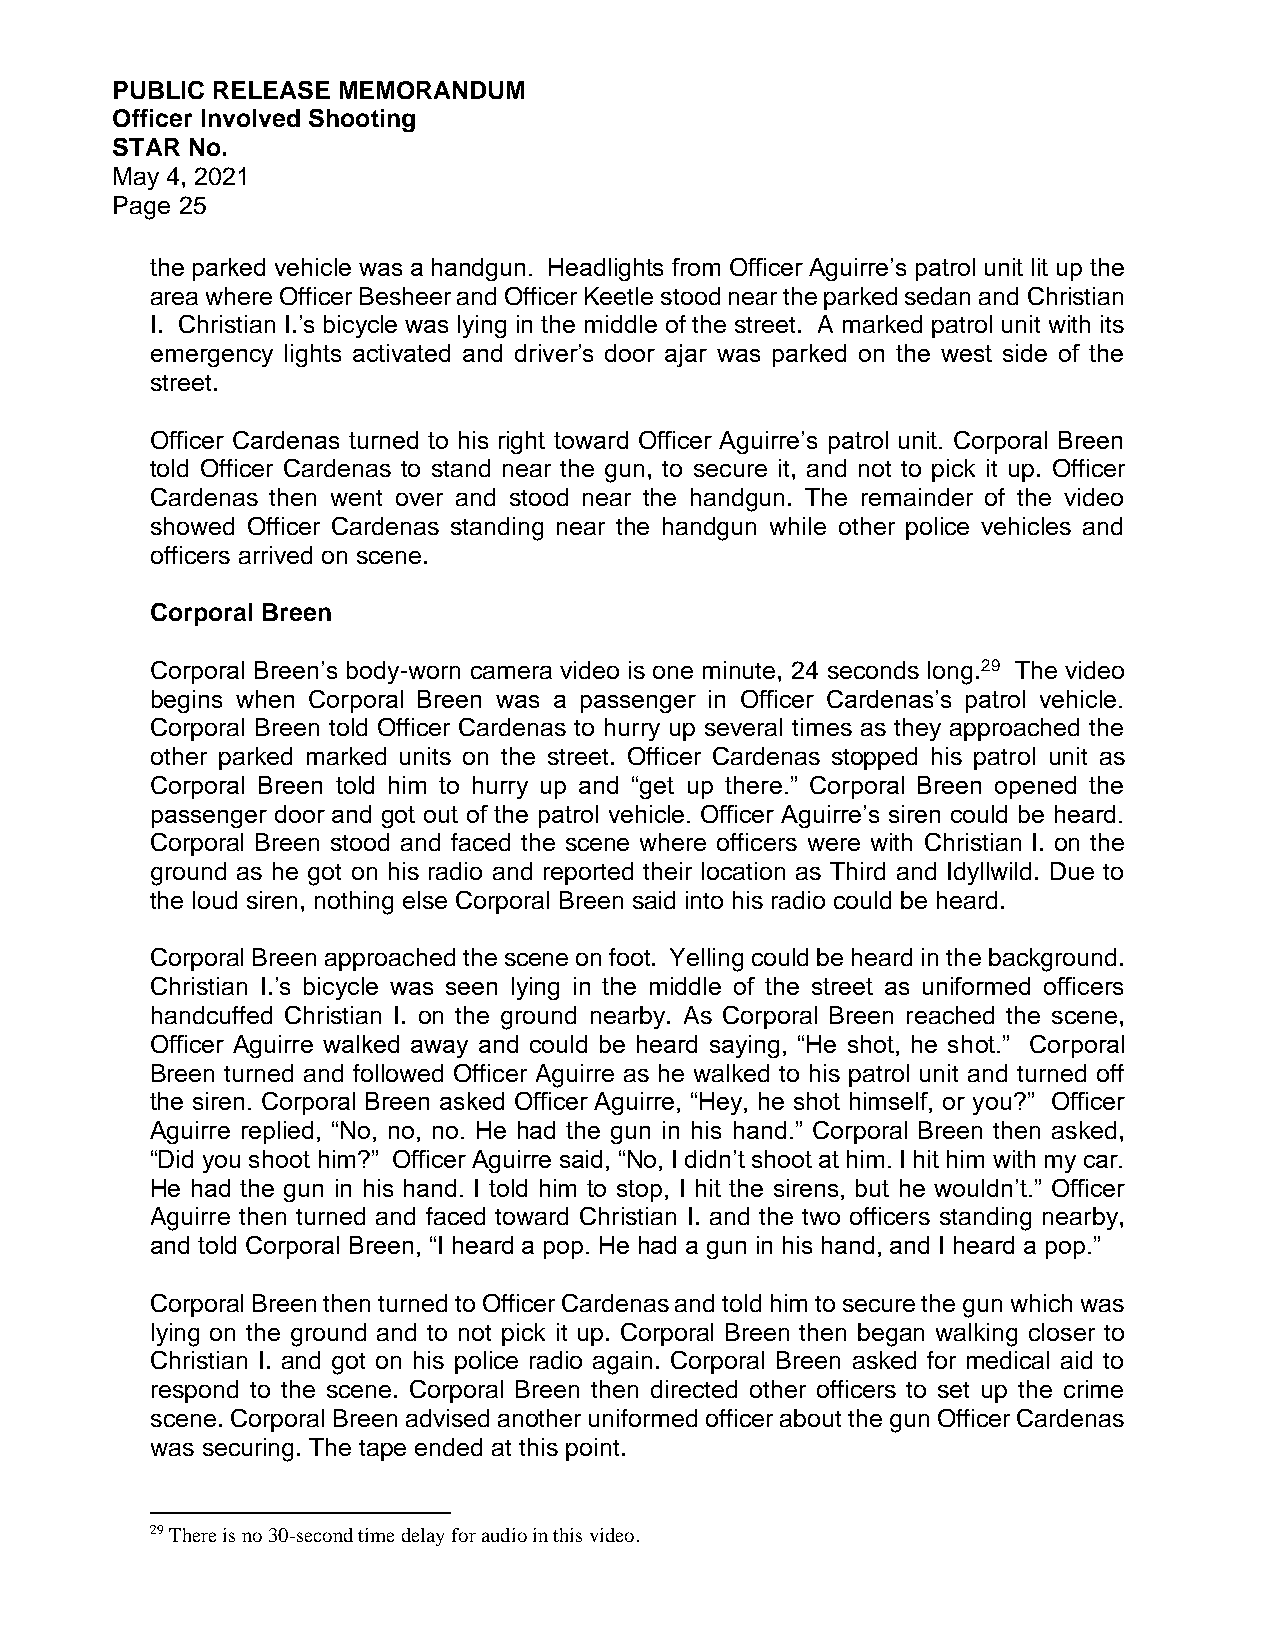
PUBLIC RELEASE MEMORANDUM
 Officer Involved Shooting
 STAR No.
 May 4, 2021
 Page 25
 the parked vehicle was a handgun. Headlights from Officer Aguirre’s patrol unit lit up the
 area where Officer Besheer and Officer Keetle stood near the parked sedan and Christian
 I. Christian I.’s bicycle was lying in the middle of the street. A marked patrol unit with its
 emergency lights activated and driver’s door ajar was parked on the west side of the
 street.
 Officer Cardenas turned to his right toward Officer Aguirre’s patrol unit. Corporal Breen
 told Officer Cardenas to stand near the gun, to secure it, and not to pick it up. Officer
 Cardenas then went over and stood near the handgun. The remainder of the video
 showed Officer Cardenas standing near the handgun while other police vehicles and
 officers arrived on scene.
 Corporal Breen
 Corporal Breen’s body-worn camera video is one minute, 24 seconds long.29 The video
 begins when Corporal Breen was a passenger in Officer Cardenas’s patrol vehicle.
 Corporal Breen told Officer Cardenas to hurry up several times as they approached the
 other parked marked units on the street. Officer Cardenas stopped his patrol unit as
 Corporal Breen told him to hurry up and “get up there.” Corporal Breen opened the
 passenger door and got out of the patrol vehicle. Officer Aguirre’s siren could be heard.
 Corporal Breen stood and faced the scene where officers were with Christian I. on the
 ground as he got on his radio and reported their location as Third and Idyllwild. Due to
 the loud siren, nothing else Corporal Breen said into his radio could be heard.
 Corporal Breen approached the scene on foot. Yelling could be heard in the background.
 Christian I.’s bicycle was seen lying in the middle of the street as uniformed officers
 handcuffed Christian I. on the ground nearby. As Corporal Breen reached the scene,
 Officer Aguirre walked away and could be heard saying, “He shot, he shot.” Corporal
 Breen turned and followed Officer Aguirre as he walked to his patrol unit and turned off
 the siren. Corporal Breen asked Officer Aguirre, “Hey, he shot himself, or you?” Officer
 Aguirre replied, “No, no, no. He had the gun in his hand.” Corporal Breen then asked,
 “Did you shoot him?” Officer Aguirre said, “No, I didn’t shoot at him. I hit him with my car.
 He had the gun in his hand. I told him to stop, I hit the sirens, but he wouldn’t.” Officer
 Aguirre then turned and faced toward Christian I. and the two officers standing nearby,
 and told Corporal Breen, “I heard a pop. He had a gun in his hand, and I heard a pop.”
 Corporal Breen then turned to Officer Cardenas and told him to secure the gun which was
 lying on the ground and to not pick it up. Corporal Breen then began walking closer to
 Christian I. and got on his police radio again. Corporal Breen asked for medical aid to
 respond to the scene. Corporal Breen then directed other officers to set up the crime
 scene. Corporal Breen advised another uniformed officer about the gun Officer Cardenas
 was securing. The tape ended at this point.
 29 There is no 30-second time delay for audio in this video.